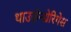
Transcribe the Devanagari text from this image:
थाउज़ेन्द्येरिगेस